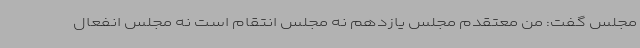
مجلس گفت: من معتقدم مجلس یازدهم نه مجلس انتقام است نه مجلس انفعال